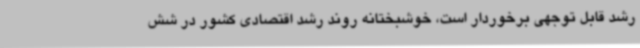
رشد قابل توجهی برخوردار است، خوشبختانه روند رشد اقتصادی کشور در شش